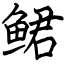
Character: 鲪